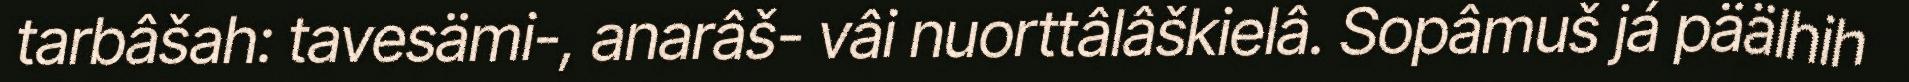
tarbâšah: tavesämi-, anarâš- vâi nuorttâlâškielâ. Sopâmuš já päälhih